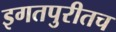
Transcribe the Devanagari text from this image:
इगतपुरीतच